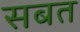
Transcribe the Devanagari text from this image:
सबत